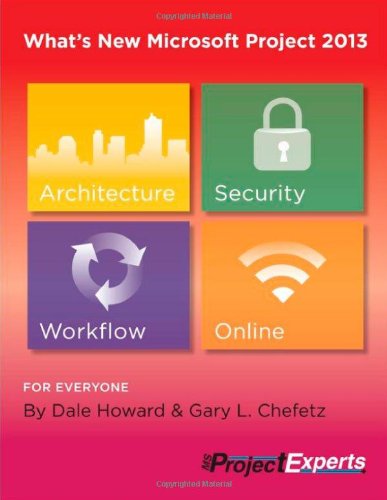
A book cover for What's New Microsoft Project 2013; Dale Howard; Computers & Technology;